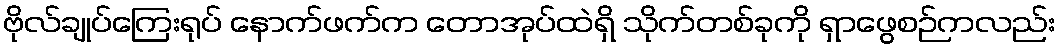
ဗိုလ်ချုပ်ကြေးရုပ် နောက်ဖက်က တောအုပ်ထဲရှိ သိုက်တစ်ခုကို ရှာဖွေစဉ်ကလည်း